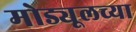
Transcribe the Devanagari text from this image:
मोड्यूलच्या